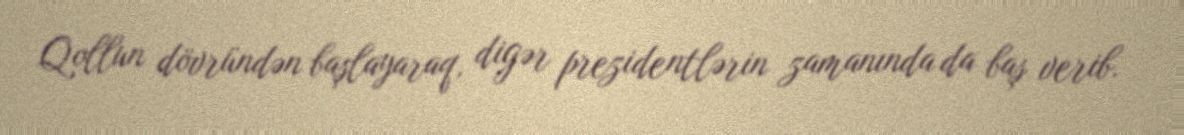
Qollun dövründən başlayaraq, digər prezidentlərin zamanında da baş verib.